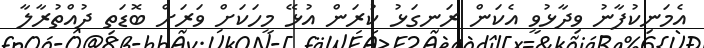
އެމަނިކުފާނު ވިދާޅުވީ އެކަން ރަނގަޅު ކުރަން އުޅޭ މީހަކަށް ވަރަށް ބޮޑަތި ދުއްތުރާލާ